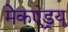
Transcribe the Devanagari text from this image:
मेकएंड्रयू